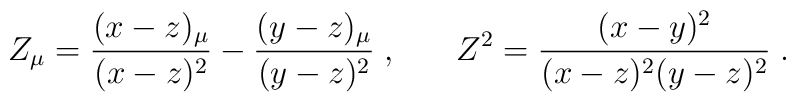
Z_{ \mu } = \frac{(x-z)_{\mu}}{(x-z)^2} - \frac{(y-z)_{\mu}}{(y-z)^2} \; \mbox{,}\hspace{0.8cm} Z^2 = \frac{(x-y)^2}{ (x-z)^2 (y-z)^2} \; \mbox{.}